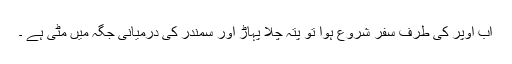
اب اوپر کی طرف سفر شروع ہوا تو پتہ چلا پہاڑ اور سمندر کی درمیانی جگہ میں مٹی ہے ۔